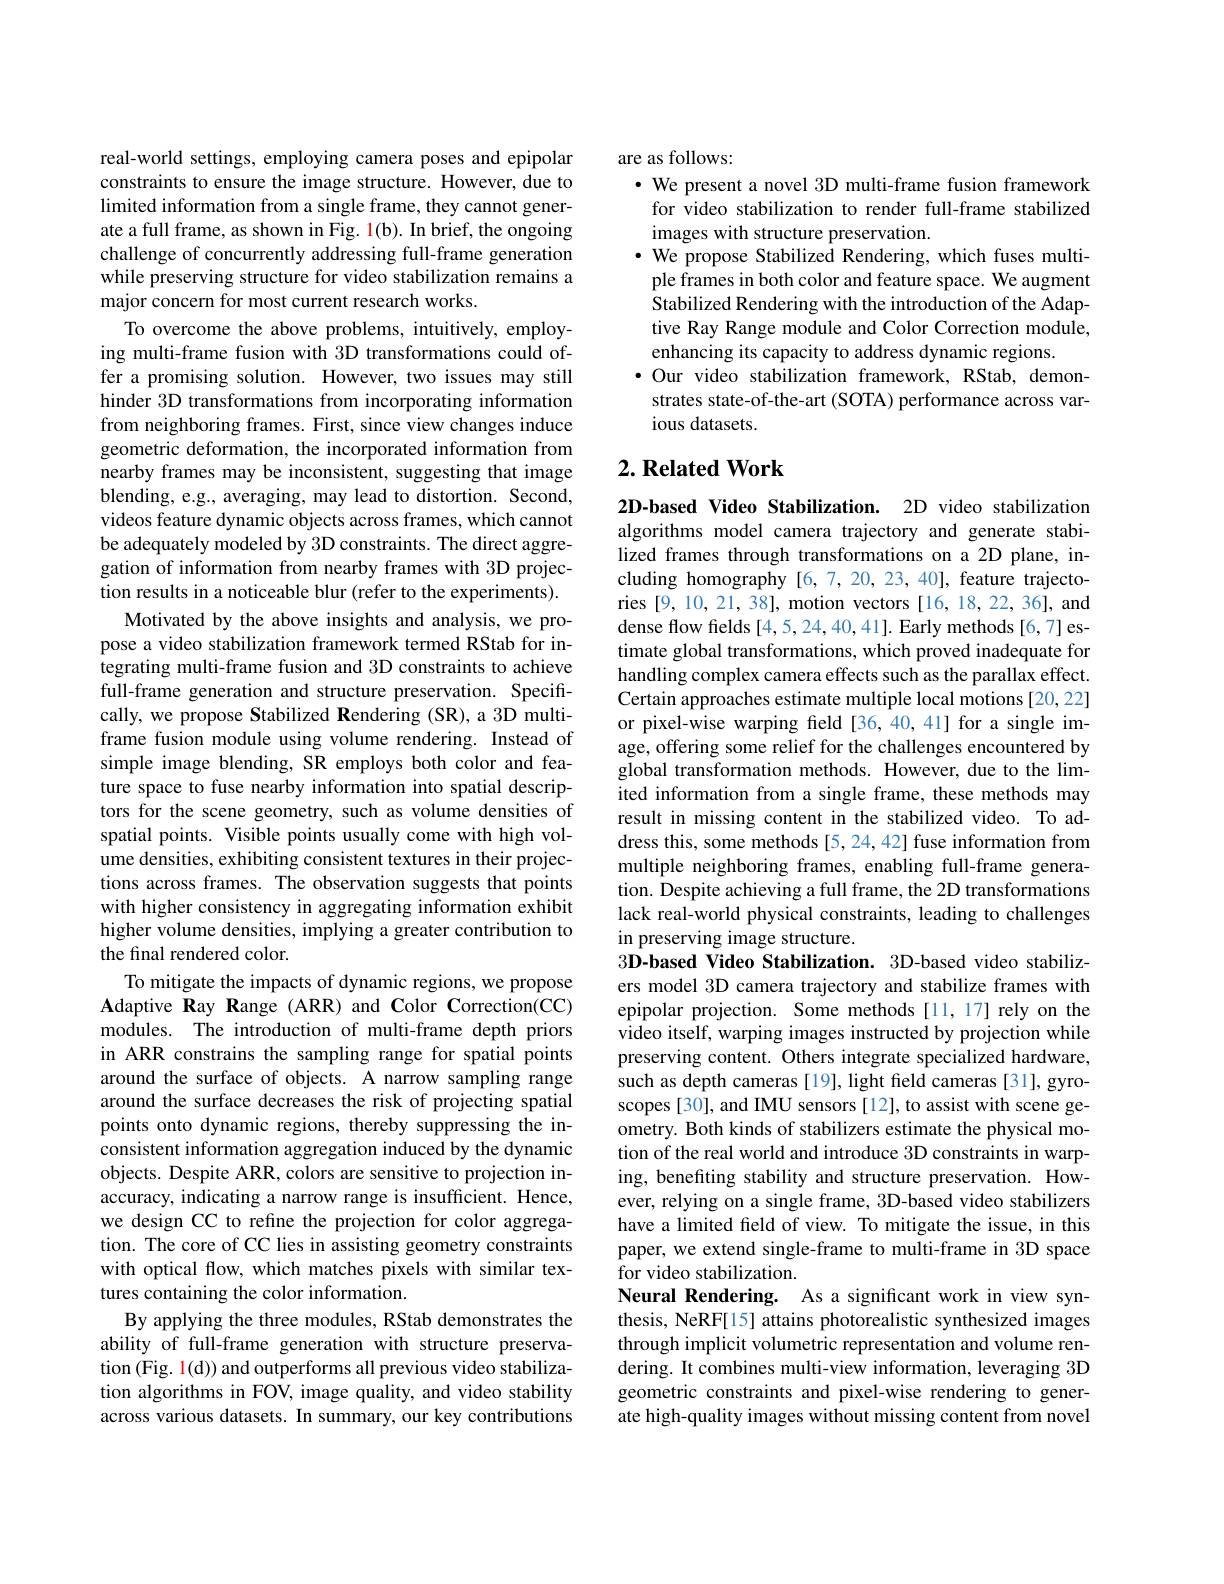
real-world settings, employing camera poses and epipolar constraints to ensure the image structure. However, due to limited information from a single frame, they cannot generate a full frame, as shown in Fig. 1(b). In brief, the ongoing challenge of concurrently addressing full-frame generation while preserving structure for video stabilization remains a major concern for most current research works.
To overcome the above problems, intuitively, employing multi-frame fusion with 3D transformations could offer a promising solution. However, two issues may still hinder 3D transformations from incorporating information from neighboring frames. First, since view changes induce geometric deformation, the incorporated information from nearby frames may be inconsistent, suggesting that image blending, e.g., averaging, may lead to distortion. Second, videos feature dynamic objects across frames, which cannot be adequately modeled by 3D constraints. The direct aggregation of information from nearby frames with 3D projection results in a noticeable blur (refer to the experiments).
Motivated by the above insights and analysis, we propose a video stabilization framework termed RStab for integrating multi-frame fusion and 3D constraints to achieve full-frame generation and structure preservation. Specifically, we propose Stabilized Rendering (SR), a 3D multiframe fusion module using volume rendering. Instead of simple image blending, SR employs both color and feature space to fuse nearby information into spatial descriptors for the scene geometry, such as volume densities of spatial points. Visible points usually come with high volume densities, exhibiting consistent textures in their projections across frames. The observation suggests that points with higher consistency in aggregating information exhibit higher volume densities, implying a greater contribution to the final rendered color.
To mitigate the impacts of dynamic regions, we propose Adaptive Ray Range (ARR) and Color Correction(CC) modules. The introduction of multi-frame depth priors in ARR constrains the sampling range for spatial points around the surface of objects. A narrow sampling range around the surface decreases the risk of projecting spatial points onto dynamic regions, thereby suppressing the inconsistent information aggregation induced by the dynamic objects. Despite ARR, colors are sensitive to projection inaccuracy, indicating a narrow range is insufficient. Hence, we design CC to refine the projection for color aggregation. The core of CC lies in assisting geometry constraints with optical flow, which matches pixels with similar textures containing the color information.
By applying the three modules, RStab demonstrates the ability of full-frame generation with structure preservation (Fig. $\color{red}1(\mathrm{d}))$ and outperforms all previous video stabilization algorithms in FOV, image quality, and video stability across various datasets. In summary, our key contributions

are as follows:
· We present a novel 3D multi-frame fusion framework
for video stabilization to render full-frame stabilized
images with structure preservation.
$\cdot$ We propose Stabilized Rendering, which fuses multiple frames in both color and feature space. We augment Stabilized Rendering with the introduction of the Adaptive Ray Range module and Color Correction module, enhancing its capacity to address dynamic regions.
$\cdot$ Our video stabilization framework, RStab, demonstrates state-of-the-art (SOTA) performance across various datasets.

## $2. \textbf{Related Work}$

2D-based Video Stabilization. 2D video stabilization algorithms model camera trajectory and generate stabilized frames through transformations on a2D plane, including homography [6,7,20,23,40], feature trajectories [9,10,21,38], motion vectors [16,18,22,36], and dense flow fields [4,5,24,40,41]. Early methods [6,7] estimate global transformations, which proved inadequate for handling complex camera effects such as the parallax effect. Certain approaches estimate multiple local motions [20,22] or pixel-wise warping feld [36,40,41] for a single image, offering some relief for the challenges encountered by global transformation methods. However, due to the limited information from a single frame, these methods may result in missing content in the stabilized video. To address this, some methods [5, 24, 42] fuse information from multiple neighboring frames, enabling full-frame generation. Despite achieving a full frame, the 2D transformations lack real-world physical constraints, leading to challenges in preserving image structure.
3D-based Video Stabilization. 3D-based video stabilizers model 3D camera trajectory and stabilize frames with epipolar projection. Some methods [11,17] rely on the video itself, warping images instructed by projection while preserving content. Others integrate specialized hardware, such as depth cameras [19], light field cameras [31], gyroscopes [30], and IMU sensors [12], to assist with scene geometry. Both kinds of stabilizers estimate the physical motion of the real world and introduce 3D constraints in warping, benefiting stability and structure preservation. However, relying on a single frame, 3D-based video stabilizers have a limited feld of view. To mitigate the issue, in this paper, we extend single-frame to multi-frame in 3D space for video stabilization.
Neural Rendering. As a significant work in view synthesis, NeRF[15] attains photorealistic synthesized images through implicit volumetric representation and volume rendering. It combines multi-view information, leveraging 3D geometric constraints and pixel-wise rendering to generate high-quality images without missing content from novel